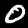
Digit: 0